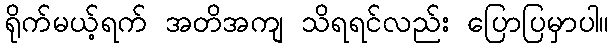
ရိုက်မယ့်ရက် အတိအကျ သိရရင်လည်း ပြောပြမှာပါ။